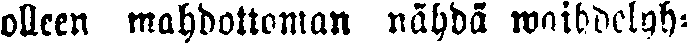
olleen mahdottoman nähdä waihdelyh-